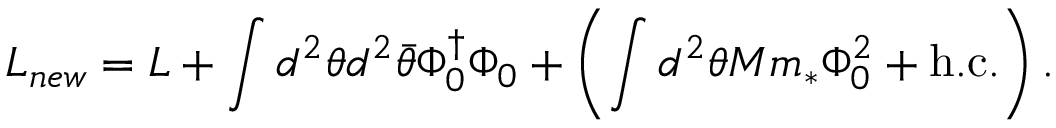
{ \cal L } _ { n e w } = { \cal L } + \int d ^ { 2 } \theta d ^ { 2 } \bar { \theta } \Phi _ { 0 } ^ { \dagger } \Phi _ { 0 } + \left( \int d ^ { 2 } \theta M m _ { * } \Phi _ { 0 } ^ { 2 } + \mathrm { h . c . } \right) . \nonumber